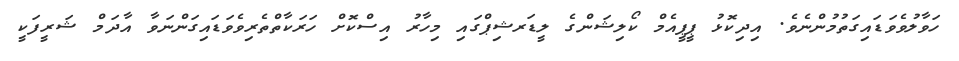
ހަވާލުވެވަޑައިގަތުމުންނެެވެ. އިދިކޮޅު ޕީޕީއެމް ކޯލިޝަންގެ ލީޑަރޝިޕްގައި މިހާރު އިސްކޮށް ހަރަކާތްތެރިވެވަޑައިގަންނަވާ އާދަމް ޝަރީފަކީ